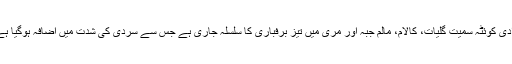
وادی کوئٹہ سمیت گلیات، کالام، مالم جبہ اور مری میں تیز برفباری کا سلسلہ جاری ہے جس سے سردی کی شدت میں اضافہ ہوگیا ہے۔